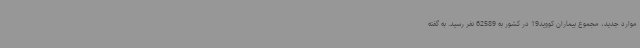
موارد جدید، مجموع بیماران کووید19 در کشور به 62589 نفر رسید. به گفته